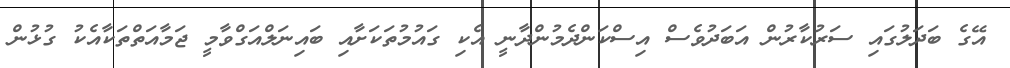
އޭގެ ބަދަލުގައި ސަރުކާރުން އަަބަދުވެސް އިސްކަންދެމުންދާނީ އެކި ގައުމުތަކަށާއި ބައިނަލްއަގްވާމީ ޖަމާއަތްތަކާއެކު ގުޅުން